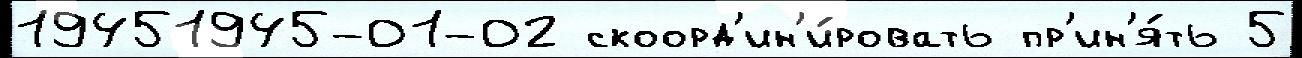
19451945-01-02 скоорд'ин'и́ровать пр'ин'я́ть 5